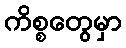
ကိစ္စတွေမှာ